38_143685_box_Incident_Summaries_173-233
Agency: Department of War
Page 36
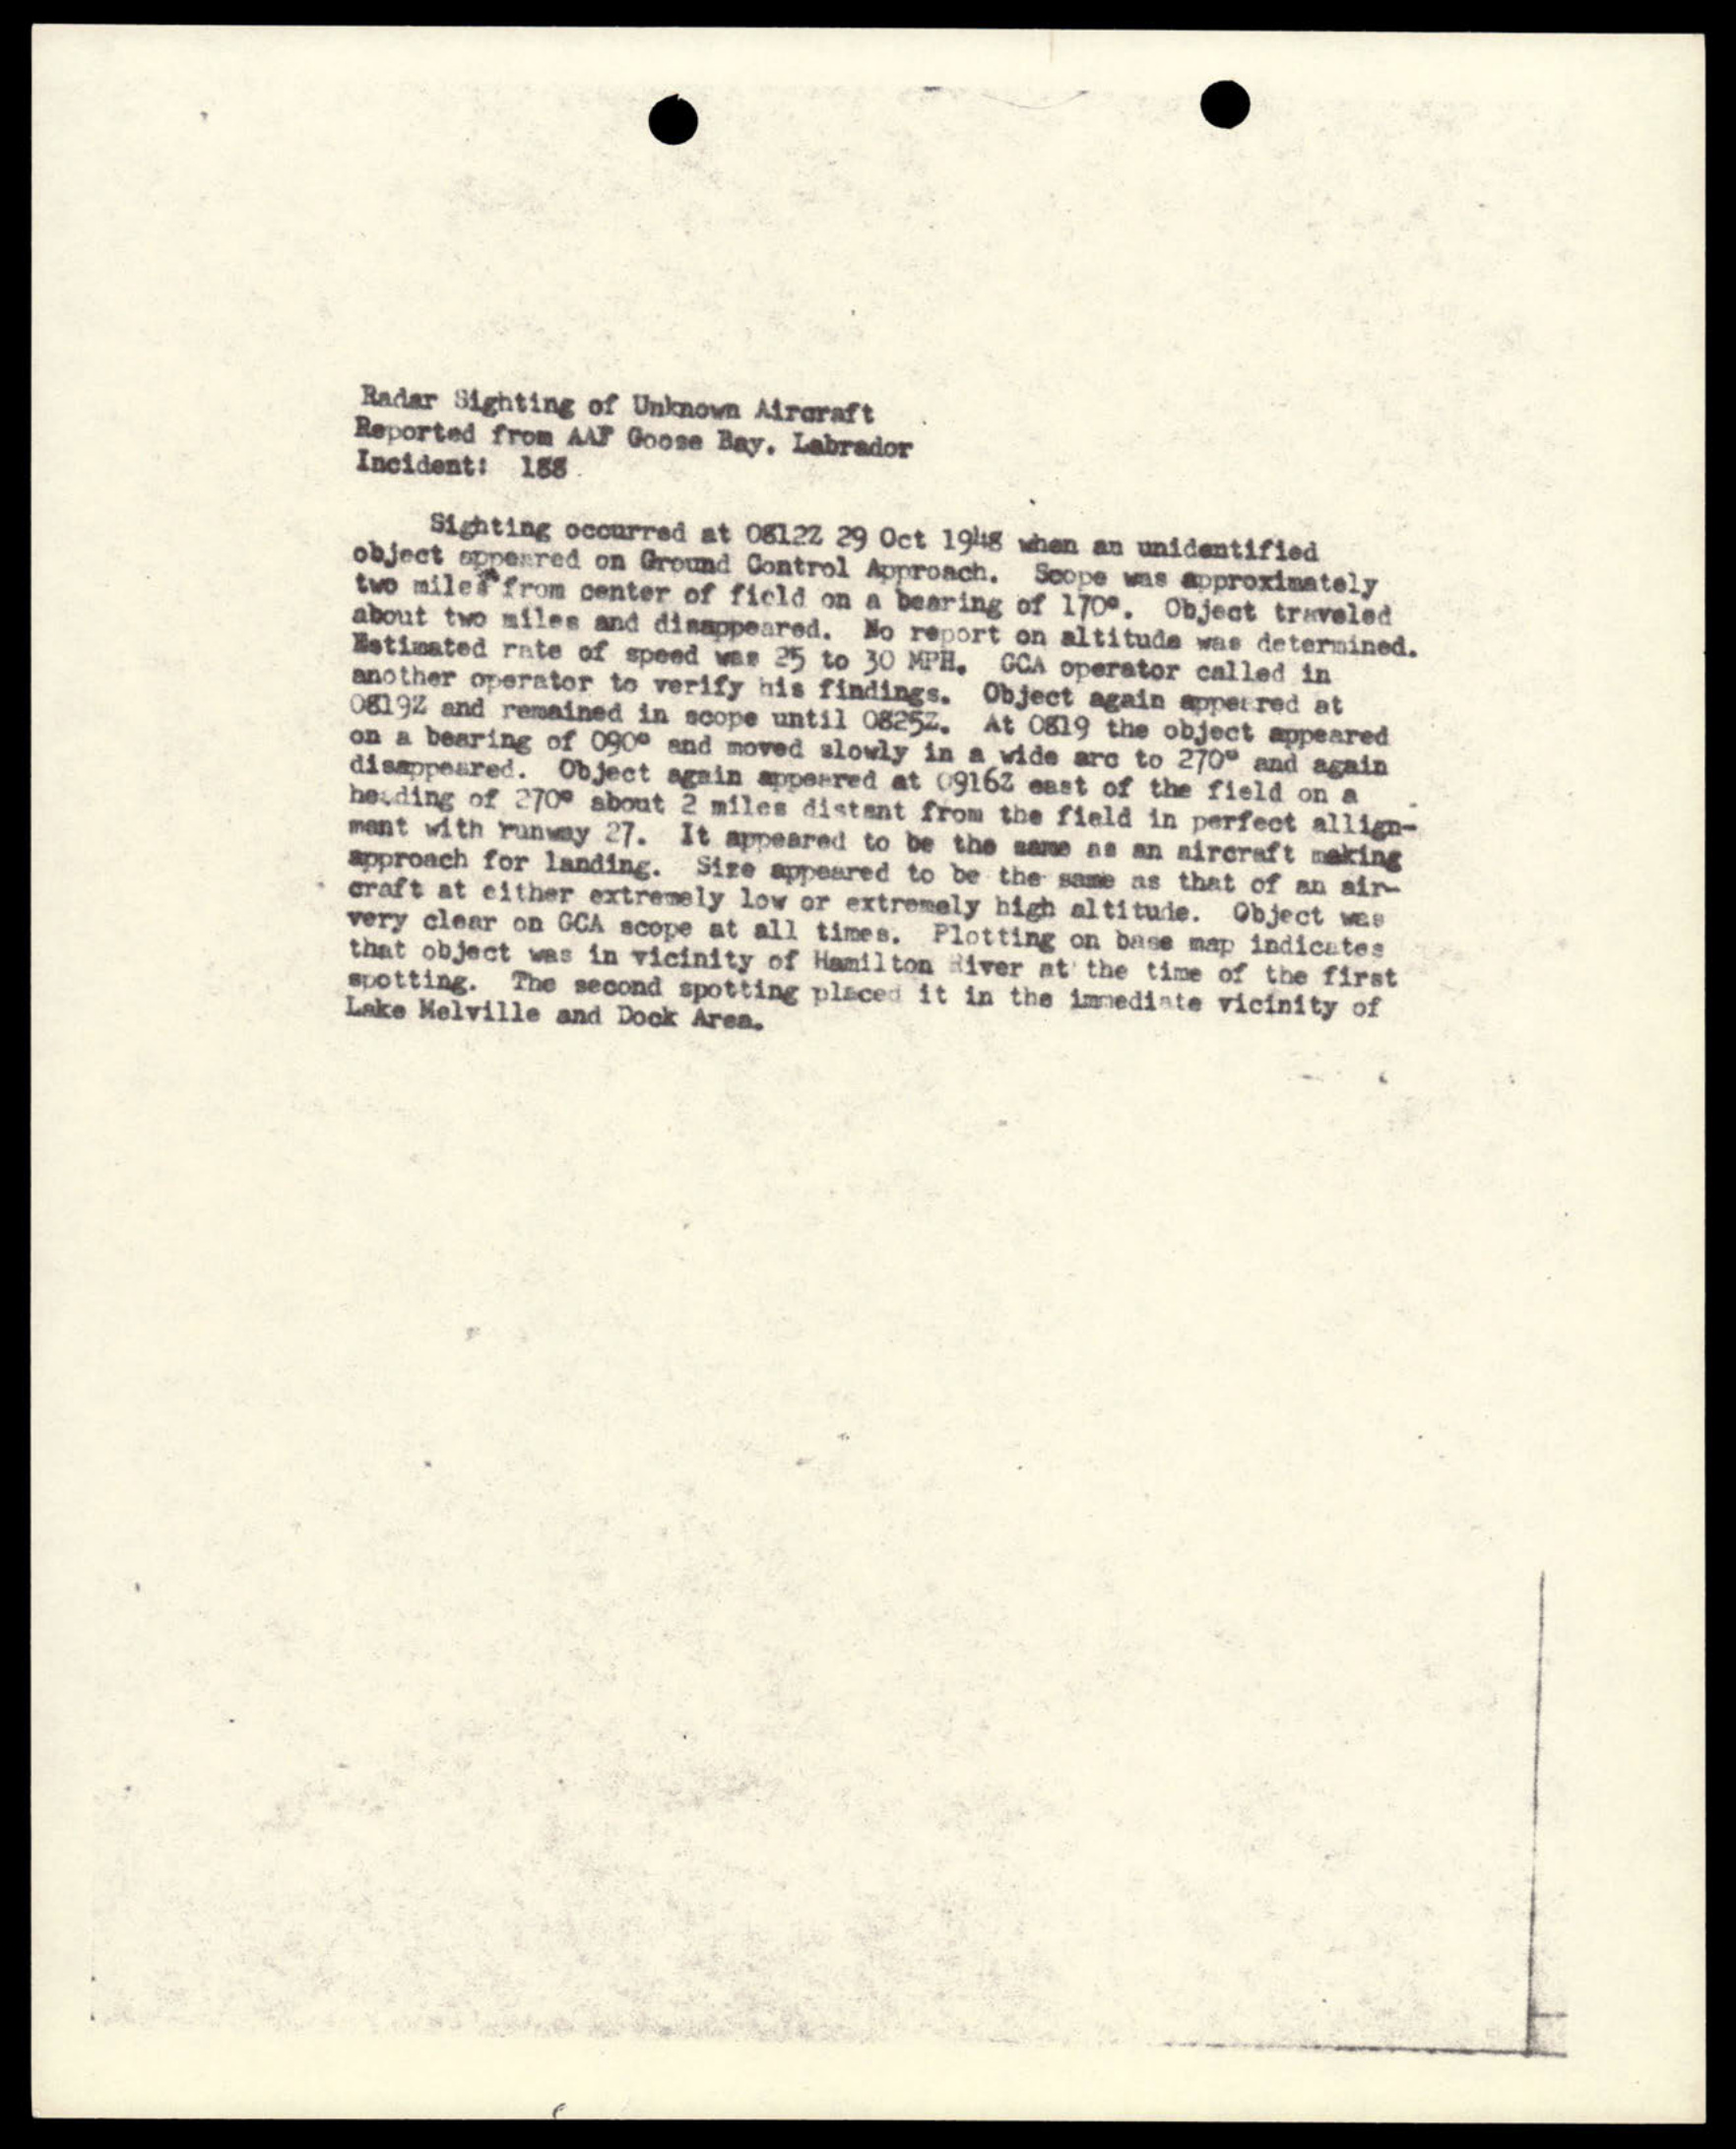